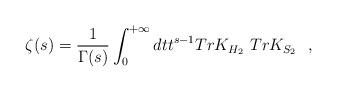
LaTeX: \begin{align*}\zeta (s)={1\over \Gamma (s)}\int_0^{+\infty}dtt^{s-1}Tr K_{H_2}~TrK_{S_2}~~,\end{align*}